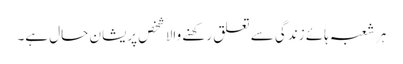
ہر شعبہ ہائے زندگی سے تعلق رکھنے والا شخص پریشان حال ہے۔